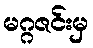
မဂ္ဂဇင်းမှ